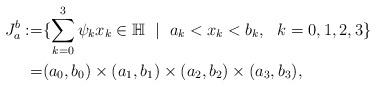
LaTeX: \begin{align*} {J_a^b }:= & \{ \sum_{k=0}^3\psi_k x_k \in \mathbb H \ \mid \ a_k< x_k < b_k, \ \ k=0,1,2,3\} \\ = & (a_0,b_0) \times (a_1,b_1) \times (a_2,b_2) \times (a_3,b_3) ,\end{align*}